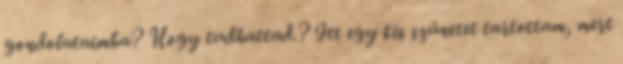
gondolataimba? Hogy tudhattad.? Itt egy kis szünetet tartottam, mert